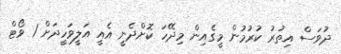
ދުވަސް އިތުރު ކުރުމުން މީގެއިން މިދޭހަ ކޮށްދެނީ އެއީ އަލީވަހީދަށް 1 ވޯޓް